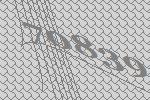
70839